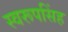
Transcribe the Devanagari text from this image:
स्वरूपसिंह